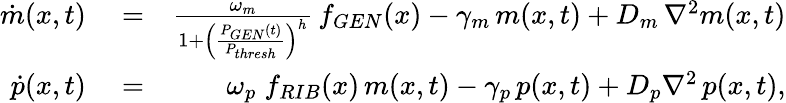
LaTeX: \begin{array}{rlr}{\dot{m}(x,t)}&{{}=}&{\frac{\omega_{m}}{1+\left(\frac{P_{GEN}(t)}{P_{thresh}}\right)^{h}}\, f_{GEN}(x)-\gamma_{m}\, m(x,t)+D_{m}\, \nabla^{2}m(x,t)}\\ {\dot{p}(x,t)}&{{}=}&{\omega_{p}\; f_{RIB}(x)\, m(x,t)-\gamma_{p}\, p(x,t)+D_{p}\nabla^{2}\, p(x,t),}\end{array}